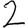
Digit: 2